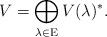
LaTeX: \begin{align*}V = \bigoplus \limits_{\lambda \in \mathrm E}V(\lambda)^*.\end{align*}